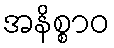
အနိစ္စာဝ